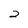
Character: 2